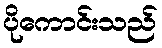
ပိုကောင်းသည်